Leaving Certificate Examination, 1923
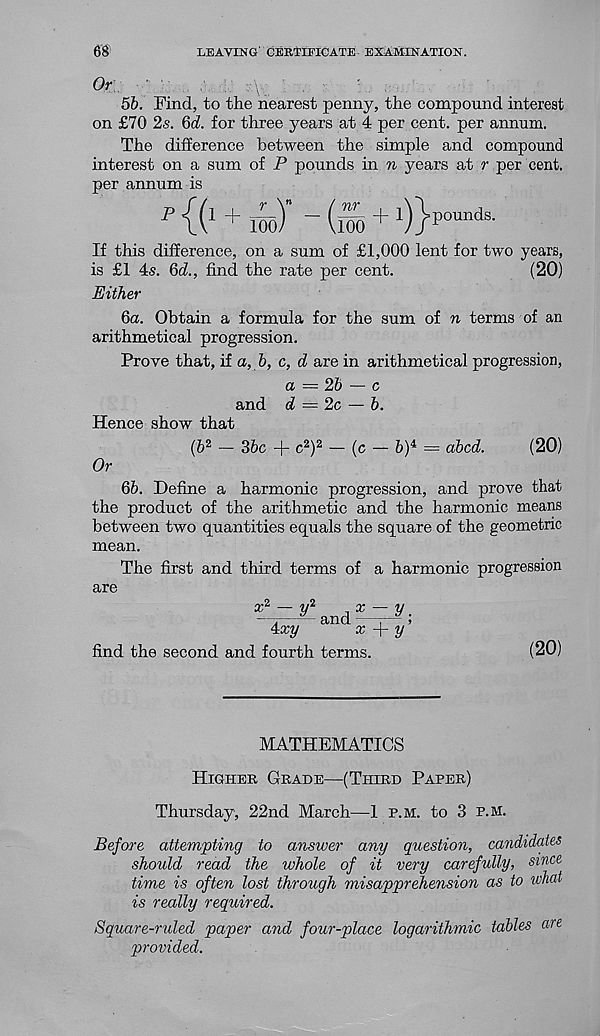
LEAVING’ CERTIFICATE EXAMINATION.
Or
■
.
:-\v 1
.
5b. Find, to the nearest penny, the compound interest
on £70 2s. 6d. for three years at 4 per cent, per annum.
The difference between the simple and compound
interest on a sum of P pounds in n years at r per cent,
per annum is
p {O + m) -(m + 1 )}p°u nds -
If this difference, on a sum of £1,000 lent for two years,
is £1 4s. 6d., find the rate per cent.
(20)
Either
ба. Obtain a formula for the sum of n terms of an
arithmetical progression.
Prove that, if a, &, c, d are in arithmetical progression,
a — 2b — c
and d = 2c — b.
Hence show that
(6 2 - 36c + c 2 ) 2 - (c - &) 4 = abed.
(20)
Or
бб. Define a harmonic progression, and prove that
the product of the arithmetic and the harmonic means
between two quantities equals the square of the geometric
mean.
The first and third terms of a harmonic progression
are
4a;y
and
% — V.
x -\-y'
find the second and fourth terms.
(20)
MATHEMATICS
Higher Grade—(Third Paper)
Thursday, 22nd March—1 p.m. to 3 p.m.
Before attempting to answer any question, candidates
should read the whole of it very carefully, since
time is often lost through misapprehension as to what
is really required.
Square-ruled paper and four-place logarithmic tables are
provided.